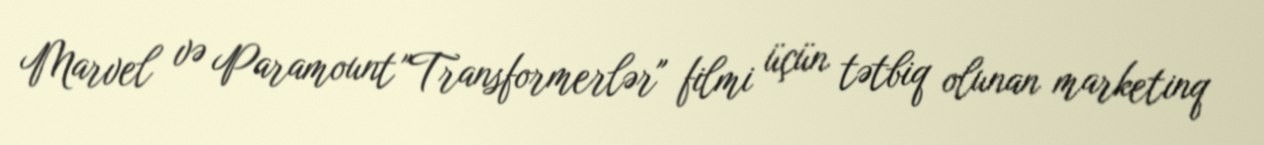
Marvel və Paramount "Transformerlər" filmi üçün tətbiq olunan marketinq